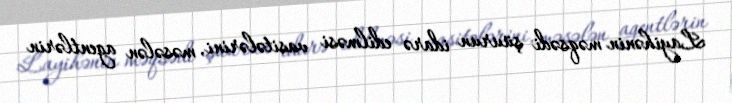
Layihənin məqsədi şüurun idarə edilməsi vasitələrini, məsələn agentlərin